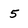
Character: 5